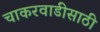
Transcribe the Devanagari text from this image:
चाकरवाडीसाठी